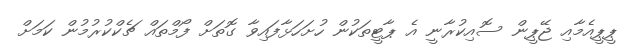
ޕީޕީއެމާއި ޖޭޕީން ސޮއިކުރާނީ އެ ޕާޓީތަކުން ހުށަހަޅާފައިވާ ގޮތަށް ފޯމްތައް ޗެކްކުރުމުން ކަމަށް